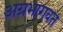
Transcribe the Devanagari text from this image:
अग्रभागवत